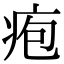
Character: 疱